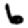
Digit: 6